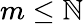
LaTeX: m\leq\mathbb{N}